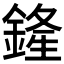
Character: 𨩰